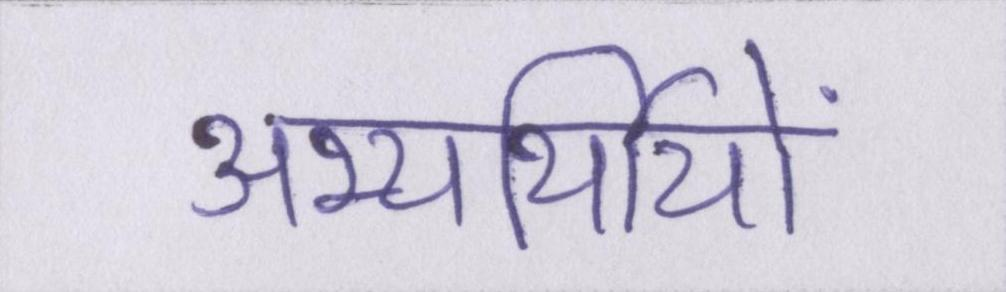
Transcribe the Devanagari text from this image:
अभ्यर्थियों